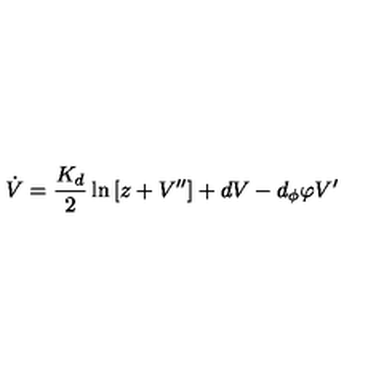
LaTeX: \dot { V } = \frac { K _ { d } } { 2 } \ln \left[ z + V ^ { \prime \prime } \right] + d V - d _ { \phi } \varphi V ^ { \prime }